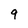
Character: q